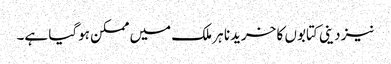
نیز دینی کتابوں کا خریدنا ہر ملک میں ممکن ہوگیا ہے۔